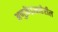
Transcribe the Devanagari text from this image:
अणुक्रेंद्राबाहेरील